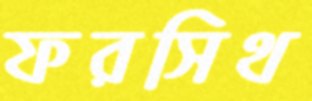
ফরসিথ